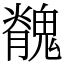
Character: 䰪